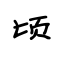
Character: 顷